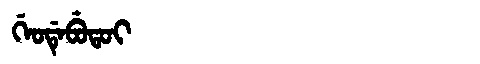
Manchu: ᡤᡝᠣᡩᡝᠪᡠᡨᠣᡳ
Romanization: GEODEBUTOI